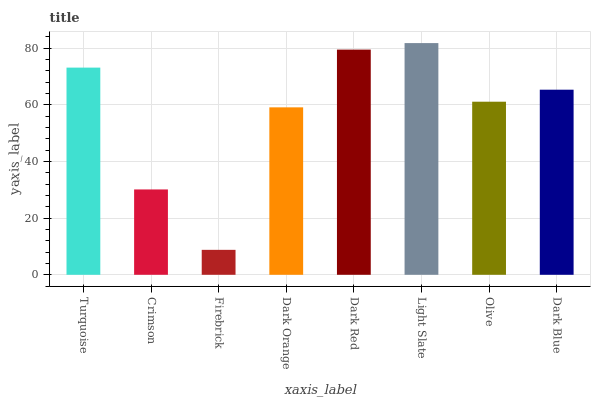
| xaxis_label | bars |
 | --- | --- |
 | Turquoise | 73.2 |
 | Crimson | 30.1 |
 | Firebrick | 8.81 |
 | Dark Orange | 59.1 |
 | Dark Red | 79.5 |
 | Light Slate | 81.8 |
 | Olive | 61.1 |
 | Dark Blue | 65.4 |